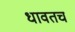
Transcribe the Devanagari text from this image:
धावतच